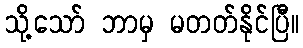
သို့သော် ဘာမှ မတတ်နိုင်ပြီ။